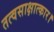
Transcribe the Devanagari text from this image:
तत्वसाक्षात्कार।